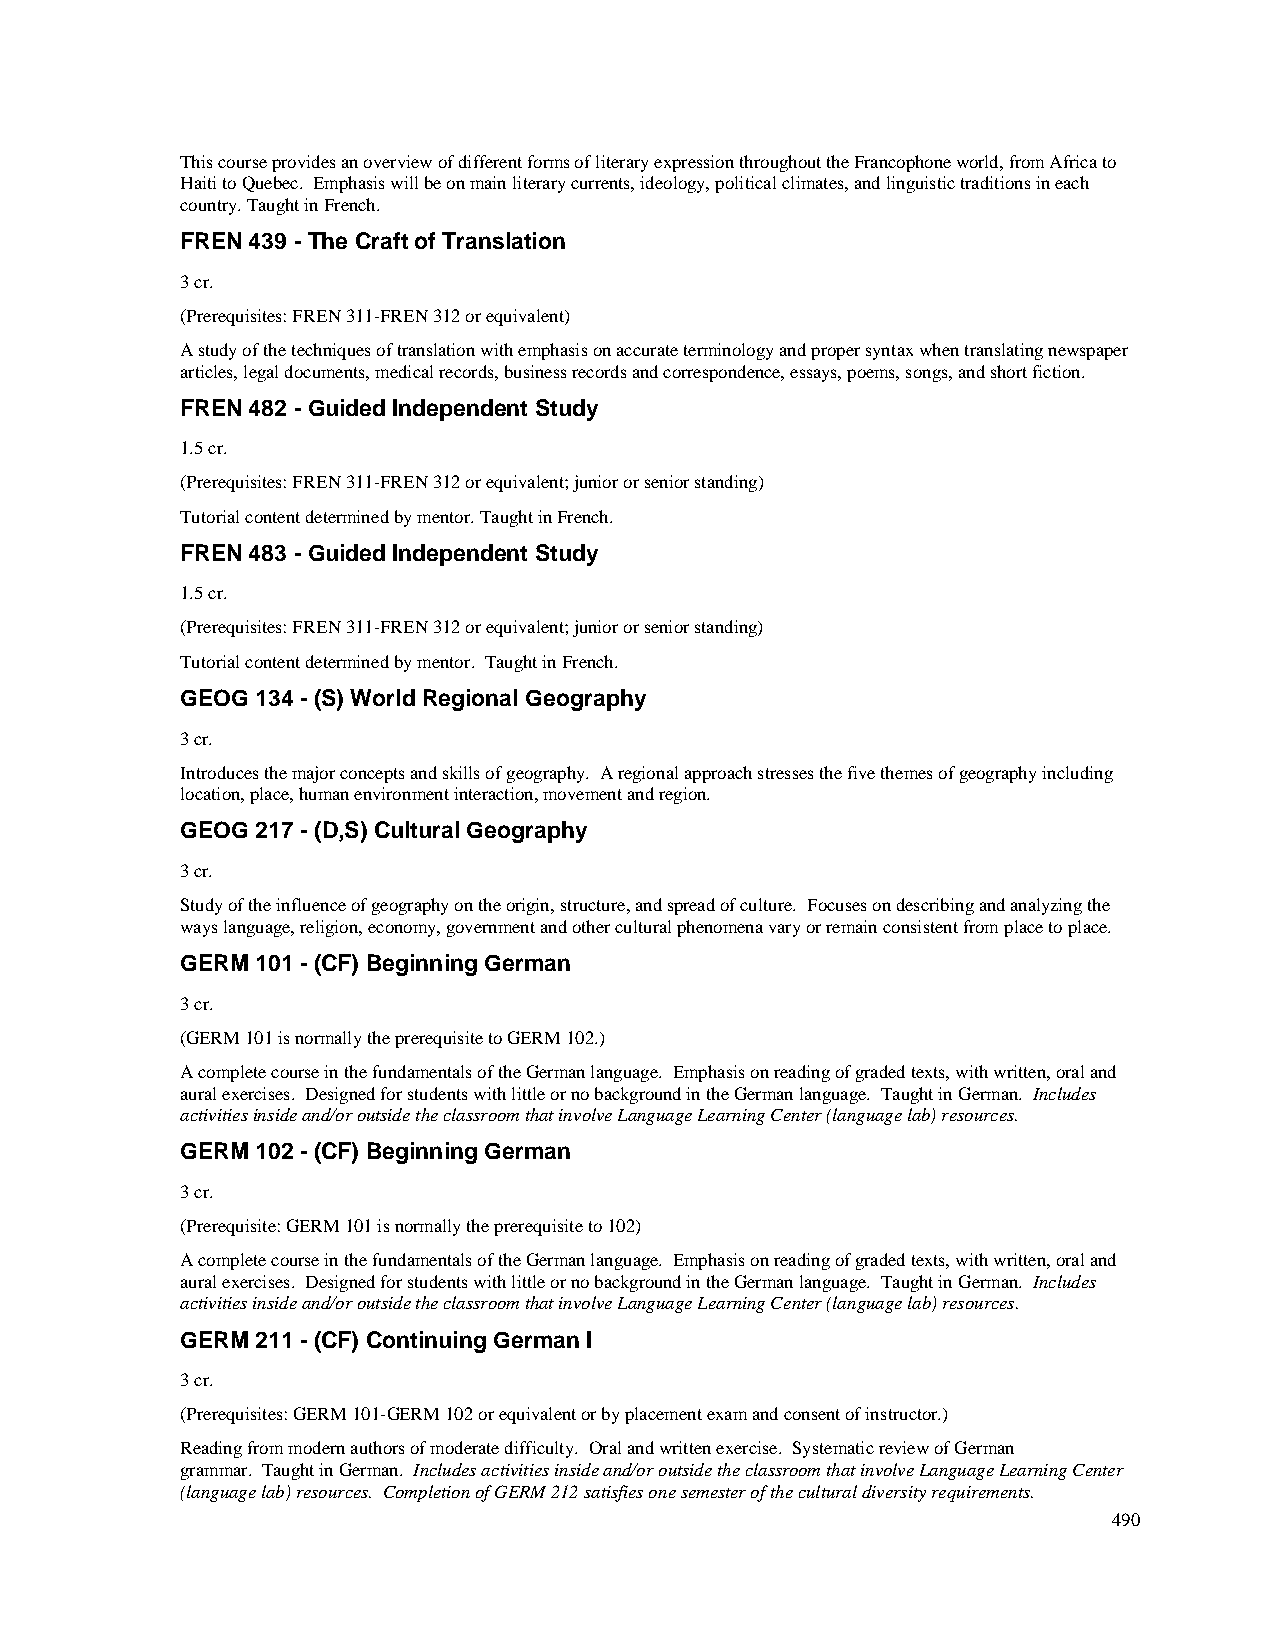
This course provides an overview of different forms of literary expression throughout the Francophone world, from Africa to
 Haiti to Quebec. Emphasis will be on main literary currents, ideology, political climates, and linguistic traditions in each
 country. Taught in French.
 FREN 439 - The Craft of Translation
 3 cr.
 (Prerequisites: FREN 311-FREN 312 or equivalent)
 A study of the techniques of translation with emphasis on accurate terminology and proper syntax when translating newspaper
 articles, legal documents, medical records, business records and correspondence, essays, poems, songs, and short fiction.
 FREN 482 - Guided Independent Study
 1.5 cr.
 (Prerequisites: FREN 311-FREN 312 or equivalent; junior or senior standing)
 Tutorial content determined by mentor. Taught in French.
 FREN 483 - Guided Independent Study
 1.5 cr.
 (Prerequisites: FREN 311-FREN 312 or equivalent; junior or senior standing)
 Tutorial content determined by mentor. Taught in French.
 GEOG 134 - (S) World Regional Geography
 3 cr.
 Introduces the major concepts and skills of geography. A regional approach stresses the five themes of geography including
 location, place, human environment interaction, movement and region.
 GEOG 217 - (D,S) Cultural Geography
 3 cr.
 Study of the influence of geography on the origin, structure, and spread of culture. Focuses on describing and analyzing the
 ways language, religion, economy, government and other cultural phenomena vary or remain consistent from place to place.
 GERM 101 - (CF) Beginning German
 3 cr.
 (GERM 101 is normally the prerequisite to GERM 102.)
 A complete course in the fundamentals of the German language. Emphasis on reading of graded texts, with written, oral and
 aural exercises. Designed for students with little or no background in the German language. Taught in German. Includes
 activities inside and/or outside the classroom that involve Language Learning Center (language lab) resources.
 GERM 102 - (CF) Beginning German
 3 cr.
 (Prerequisite: GERM 101 is normally the prerequisite to 102)
 A complete course in the fundamentals of the German language. Emphasis on reading of graded texts, with written, oral and
 aural exercises. Designed for students with little or no background in the German language. Taught in German. Includes
 activities inside and/or outside the classroom that involve Language Learning Center (language lab) resources.
 GERM 211 - (CF) Continuing German I
 3 cr.
 (Prerequisites: GERM 101-GERM 102 or equivalent or by placement exam and consent of instructor.)
 Reading from modern authors of moderate difficulty. Oral and written exercise. Systematic review of German
 grammar. Taught in German. Includes activities inside and/or outside the classroom that involve Language Learning Center
 (language lab) resources. Completion of GERM 212 satisfies one semester of the cultural diversity requirements.
 490